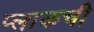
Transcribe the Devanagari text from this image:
प्लाकची